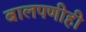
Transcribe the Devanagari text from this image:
बालपणीही